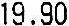
19.90